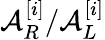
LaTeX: \mathcal{A}_{R}^{[i]}/\mathcal{A}_{L}^{[i]}